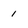
Character: 1